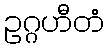
ဥဂ္ဂဟီတံ